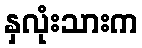
နှလုံးသားက